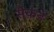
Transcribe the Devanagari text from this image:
सैकडे